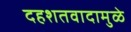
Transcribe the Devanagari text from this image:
दहशतवादामुळे